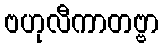
ဗဟုလီကာတဗ္ဗာ